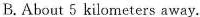
B. About 5 kilometers away.